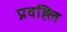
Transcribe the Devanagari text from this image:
प्रवह्लि